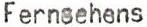
Fernsehens